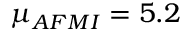
{ \mu } _ { A F M I } = 5 . 2